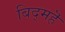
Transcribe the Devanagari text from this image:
बिद्महॆ